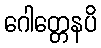
ဂေါတ္တေနပိ